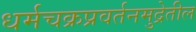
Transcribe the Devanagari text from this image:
धर्मचक्रप्रवर्तनमुद्रेतील